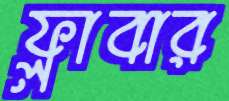
ফ্লাবার